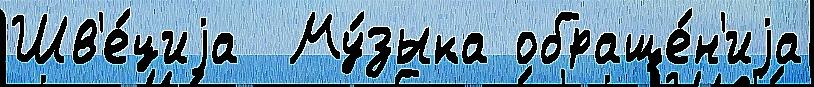
Шв'е́циjа  Му́зыка обраще́н'иjа